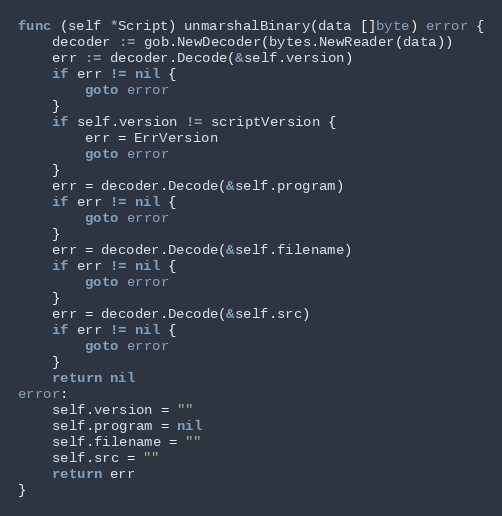
Language: Go
func (self *Script) unmarshalBinary(data []byte) error {
	decoder := gob.NewDecoder(bytes.NewReader(data))
	err := decoder.Decode(&self.version)
	if err != nil {
		goto error
	}
	if self.version != scriptVersion {
		err = ErrVersion
		goto error
	}
	err = decoder.Decode(&self.program)
	if err != nil {
		goto error
	}
	err = decoder.Decode(&self.filename)
	if err != nil {
		goto error
	}
	err = decoder.Decode(&self.src)
	if err != nil {
		goto error
	}
	return nil
error:
	self.version = ""
	self.program = nil
	self.filename = ""
	self.src = ""
	return err
}